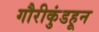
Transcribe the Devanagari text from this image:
गौरीकुंडहून